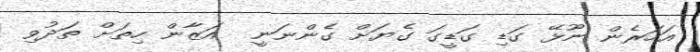
އަހަރެން ނޫޅޭ ގަޑި ގަޑީގަ ގެޔަށް ގެންނަނީ  އަޒާން ހިތަށް ތަދުވި